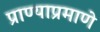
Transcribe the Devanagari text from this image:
प्राण्याप्रमाणे